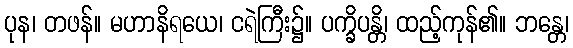
ပုန၊ တဖန်။ မဟာနိရယေ၊ ငရဲကြီး၌။ ပက္ခိပန္တိ၊ ထည့်ကုန်၏။ ဘန္တေ၊